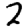
Digit: 2